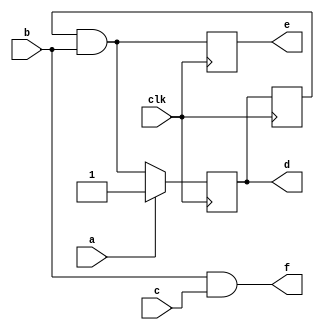
module skeleton(clk,a,b,c,d,e,f);
input clk,a,b,c;
output d,e,f;

reg d1, d2, e2;
wire e1;
assign d = d1;
assign e = e2;

always@(posedge clk) begin
    if (a == 0)
        d1 <= e1;
    else
        d1 <= a;
    d2 <= d1;
    e2 <= e1;
end

assign e1 = d2 & b;
assign f = b & c;
endmodule